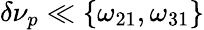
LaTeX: \delta\nu_{p}\ll\{ \omega_{21},\omega_{31}\}